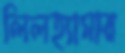
লিলহ্যামার